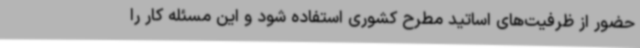
حضور از ظرفیت‌های اساتید مطرح کشوری استفاده شود و این مسئله کار را